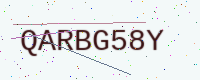
Text: QARBG58Y